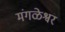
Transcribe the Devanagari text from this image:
मंगळेश्वर